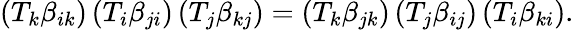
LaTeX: (T_{k}\beta_{ik})\, (T_{i}\beta_{ji})\, (T_{j}\beta_{kj})=(T_{k}\beta_{jk})\, (T_{j}\beta_{ij})\, (T_{i}\beta_{ki}).